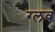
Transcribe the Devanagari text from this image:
ग्लव